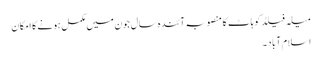
میلہ فیلڈ کوہاٹ کا منصوبہ آئندہ سال جون میں مکمل ہونے کا امکان
اسلام آباد ۔